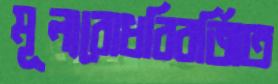
মূল্যবোধবিবর্জিত